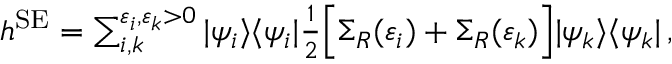
\begin{array} { r } { h ^ { \mathrm { S E } } = \sum _ { i , k } ^ { \varepsilon _ { i } , \varepsilon _ { k } > 0 } | \psi _ { i } \rangle \langle \psi _ { i } | \frac { 1 } { 2 } \Big [ \Sigma _ { R } ( \varepsilon _ { i } ) + \Sigma _ { R } ( \varepsilon _ { k } ) \Big ] | \psi _ { k } \rangle \langle \psi _ { k } | \, , } \end{array}